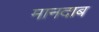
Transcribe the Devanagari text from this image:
मानदाब